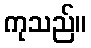
ကုသည်။